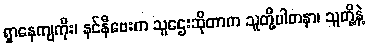
ရှာနေကျကိုး၊ နင်နီဗေးက သူဌေးဆိုတာက သူတို့ပါတနာ၊ သူတို့နဲ့